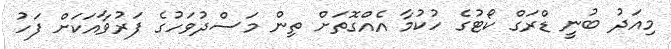
މިއަދު ބުނީ ޑްރަގް ކޯޓުގެ ހުކުމާ އެއްގޮތަށް ތިން މަސްދުވަހުގެ ފަރުވާއަކަށް ފަހު